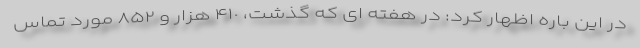
در این باره اظهار کرد: در هفته ای که گذشت، ۴١٠ هزار و ٨۵٢ مورد تماس